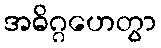
အဓိဂ္ဂဟေတွာ